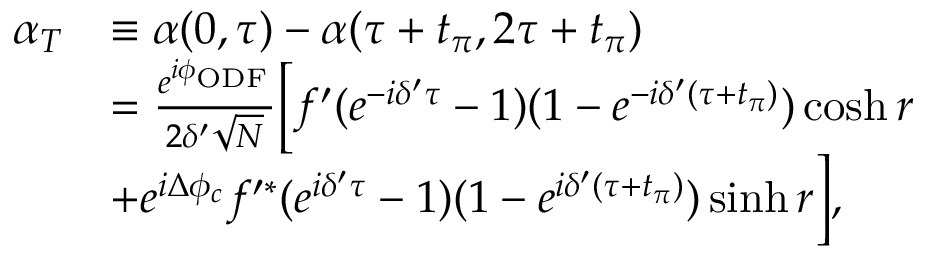
\begin{array} { r l } { \alpha _ { T } } & { \equiv \alpha ( 0 , \tau ) - \alpha ( \tau + t _ { \pi } , 2 \tau + t _ { \pi } ) } \\ & { = \frac { e ^ { i \phi _ { \mathrm { O D F } } } } { 2 \delta ^ { \prime } \sqrt { N } } \Big [ f ^ { \prime } ( e ^ { - i \delta ^ { \prime } \tau } - 1 ) ( 1 - e ^ { - i \delta ^ { \prime } ( \tau + t _ { \pi } ) } ) \cosh r } \\ & { + e ^ { i \Delta \phi _ { c } } f ^ { \prime \ast } ( e ^ { i \delta ^ { \prime } \tau } - 1 ) ( 1 - e ^ { i \delta ^ { \prime } ( \tau + t _ { \pi } ) } ) \sinh r \Big ] , } \end{array}